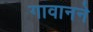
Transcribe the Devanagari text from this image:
गावानने